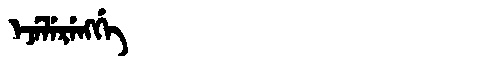
Manchu: ᡝᠵᡝᠯᡝᡵᡝᠩᡤᡝ
Romanization: EJELERENGGE